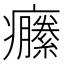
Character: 𤼆